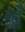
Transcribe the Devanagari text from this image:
म्हूँ